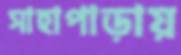
সাহাপাড়ায়